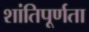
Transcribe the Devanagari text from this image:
शांतिपूर्णता